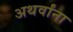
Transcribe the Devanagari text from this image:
अथर्वांना